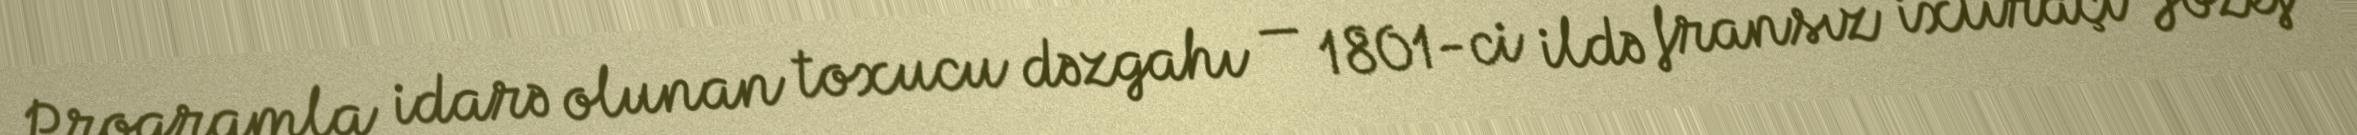
Proqramla idarə olunan toxucu dəzgahı — 1801-ci ildə fransız ixtiraçı Jozef